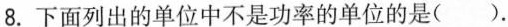
8.下面列出的单位中不是功率的单位的是().